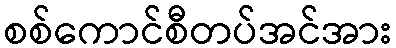
စစ်ကောင်စီတပ်အင်အား